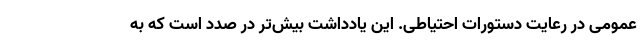
عمومی در رعایت دستورات احتیاطی. این یادداشت بیش‌تر در صدد است که به